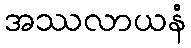
အဿလာယနံ